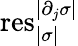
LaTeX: \mathrm{res}_{|\sigma|}^{|\partial_{j}\sigma|}